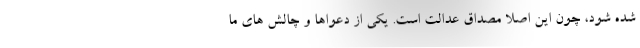
شده شود، چون این اصلاً مصداق عدالت است. یکی از دعواها و چالش های ما